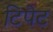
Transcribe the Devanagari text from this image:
टिपेट